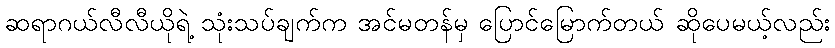
ဆရာဂယ်လီလီယိုရဲ့ သုံးသပ်ချက်က အင်မတန်မှ ပြောင်မြောက်တယ် ဆိုပေမယ့်လည်း